Sanitation, dispensaries and jails vaccination Rajputana 1922-1927 - 1922-1927
Year: 1922
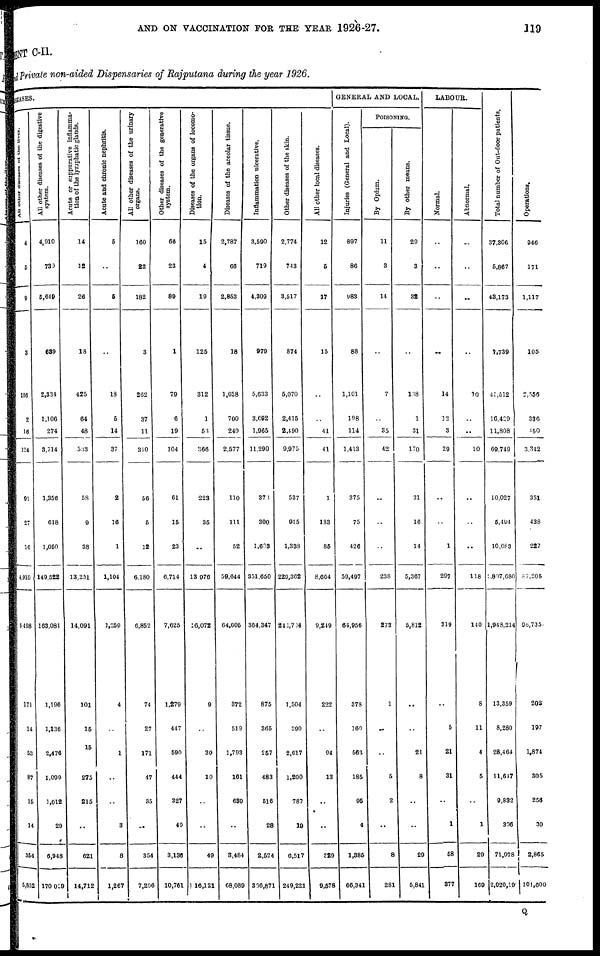
AND ON VACCINATION FOR THE YEAR 1926-27.
119
MENT C-II.
Fund
private non-aided Dispensaries of Rajputana during the year 1926.
DISEASES.
All other diseases of the liver
4
5
9
3
106
2
16
124
91
27
16
4,910
5,408
171
14
53
87
15
14
354
5,852
All other diseases of the digestive
system.
4,910
730
5,640
639
2,334
1,106
274
3,714
1,356
618
1,050
149,522
163,081
1,196
1,136
2,476
1,099
1,012
29
6,948
170,029
Acute or suppurative inflamma-
tion of the lymphatic glands.
14
12
26
18
425
64
48
533
58
9
38
13,251
14,091
101
15
15
275
215
..
621
14,712
Acute and chronic nephritis.
5
..
5
..
18
5
14
37
2
16
1
1,104
1,259
4
..
1
..
..
3
8
1,267
All other diseases of the urinary
organs.
160
22
182
3
262
37
11
310
56
5
12
6,180
6,852
74
27
171
47
35
..
354
7,206
Other diseases of the generative
system.
66
23
89
1
79
6
19
104
61
15
23
6,714
7,625
1,279
447
590
444
327
49
3,136
10,761
Diseases of the organs of locomo-
tion.
15
4
19
125
312
1
53
366
223
35
..
13,976
16,072
9
..
30
10
..
..
49
16,121
Diseases of the areolar tissue.
2,787
66
2,853
18
1,628
700
249
2,577
110
111
52
59,644
64,005
372
519
1,793
161
639
..
3,484
68,089
Inflammation ulcerative.
3,590
719
4,309
979
5,633
3,692
1,965
11,290
370
300
1,603
351,650
364,347
875
365
257
483
516
28
2,524
366,871
Other diseases of the skin.
2,774
743
3,517
874
5,070
2,415
2,490
9,975
537
915
1,338
229,362
242,704
1,504
390
2,617
1,200
787
19
6,517
249,221
All other local diseases.
12
5
17
15
..
..
41
41
1
133
85
8,664
9,249
222
..
94
13
..
..
329
9,578
GENERAL AND LOCAL.
Injuries (General and Local).
897
86
983
88
1,101
198
114
1,413
375
75
426
59,497
64,956
378
160
563
185
95
4
1,385
66,341
POISONING.
By Opium.
11
3
14
..
7
..
35
42
..
..
..
238
273
1
..
..
5
2
..
8
281
By other means.
29
3
32
..
138
1
31
170
31
16
14
5,367
5,812
..
..
21
8
..
..
29
5,841
LABOUR.
Normal.
..
..
..
..
14
12
3
29
..
..
1
297
319
..
5
21
31
..
1
58
377
Abnormal.
..
..
..
..
10
..
..
10
..
..
..
118
140
8
11
4
5
..
1
29
169
Total number of Out-door patients.
37,306
5,867
43,173
7,739
41,512
16,429
11,808
69,749
10,027
5,494
10,083
1,807,680
1,948,214
13,359
8,280
28,464
11,647
9,832
306
71,978
2,020,19
Operations,
946
171
1,117
105
2,556
336
150
3,342
351
438
227
87,205
98,735
203
197
1,874
305
256
30
2,865
101,600
Q